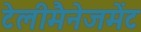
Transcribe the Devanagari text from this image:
टेलीमैनेजमेंट